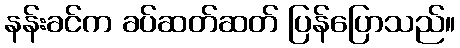
နန်းခင်က ခပ်ဆတ်ဆတ် ပြန်ပြောသည်။